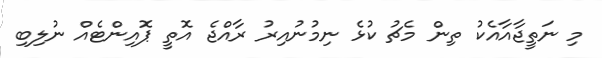
މި ނަތީޖާއާއެކު ތިން މެޗު ކުޅެ ނިމުނުއިރު ރާއްޖެ އޮތީ ޕޮއިންޓެއް ނުލިބި